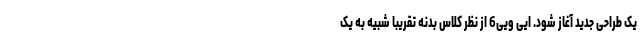
یک طراحی جدید آغاز شود. ایی ویی6 از نظر کلاس بدنه تقریبا شبیه به یک